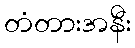
တံတားအနီး